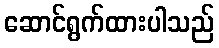
ဆောင်ရွက်ထားပါသည်